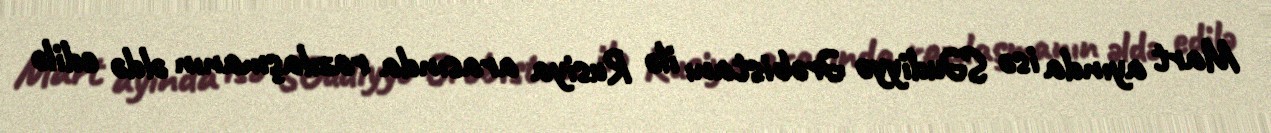
Mart ayında isə SƏudiyyə Ərəbistanı ilə Rusiya arasında razılaşmanın əldə edilə